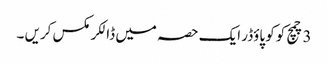
3 چمچ کوکو پاؤڈر ایک حصہ میں ڈالکر مکس کریں ۔